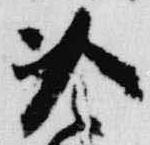
冷